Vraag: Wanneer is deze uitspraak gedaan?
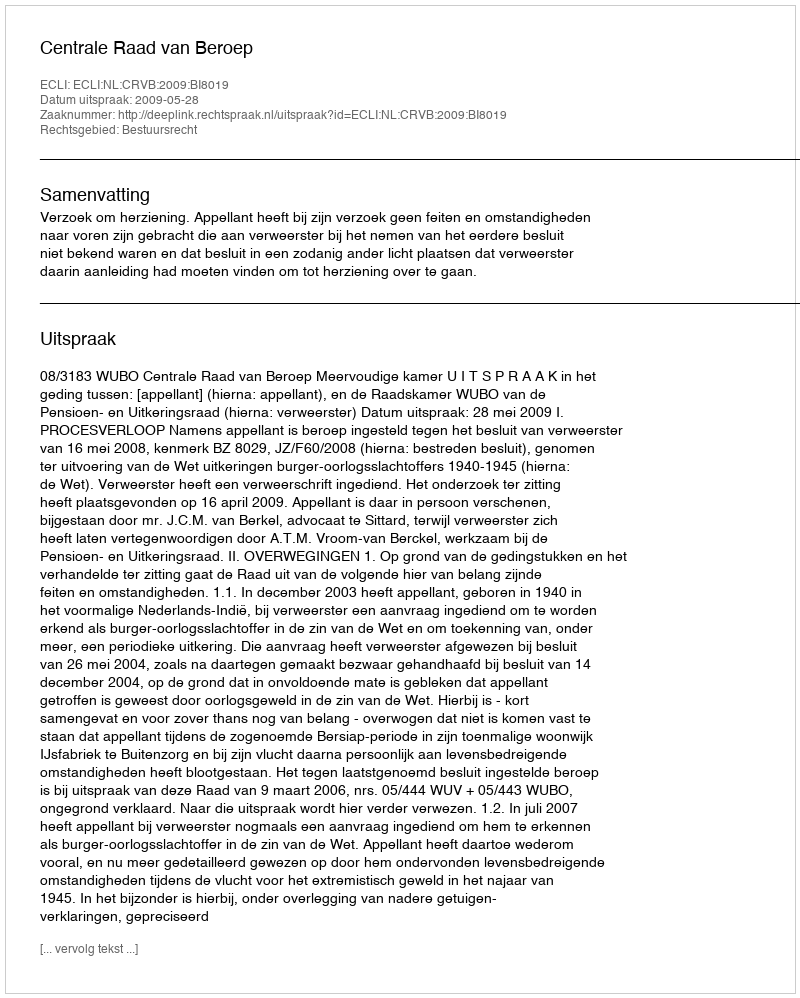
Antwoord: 2009-05-28